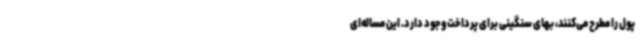
پول را مطرح می‌کنند، بهای سنگینی برای پرداخت وجود دارد. این مساله‌ای